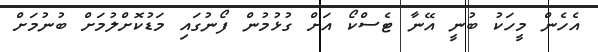
އެހެން މީހަކު ބުނީ އޭނާ ޓެސްކޯ އަށް ގުޅުމުން ފޯނުގައި މަޑުކޮށްލުމަށް ބުނުމަށް